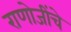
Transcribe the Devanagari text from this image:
राणोजींचे